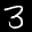
Label: 3